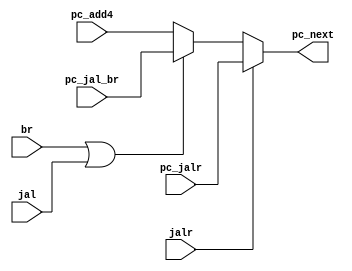
`timescale 1ns / 1ps

module PC_sel(
input jal,
input jalr,
input br,
input [31:0] pc_add4,
input [31:0] pc_jalr,
input [31:0] pc_jal_br,
output reg [31:0] pc_next
);

always@(*)
begin
    if(jalr)
        pc_next = pc_jalr;
    else if(br | jal)
        pc_next = pc_jal_br;
    else
        pc_next = pc_add4;
end
endmodule